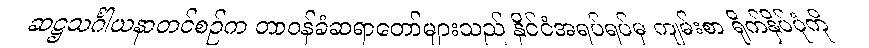
ဆဋ္ဌသင်္ဂါယနာတင်စဉ်က တာဝန်ခံဆရာတော်များသည် နိုင်ငံအရပ်ရပ်မှ ကျမ်းစာ ရိုက်နှိပ်ပုံကို